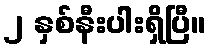
၂ နှစ်နီးပါးရှိပြီ။